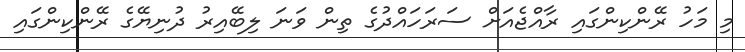
މި މަހު ރޭންކިންގައި ރާއްޖެއަށް ސަރަހައްދުގެ ތިން ވަނަ ލިބޭއިރު ދުނިޔޭގެ ރޭންކިންގައި